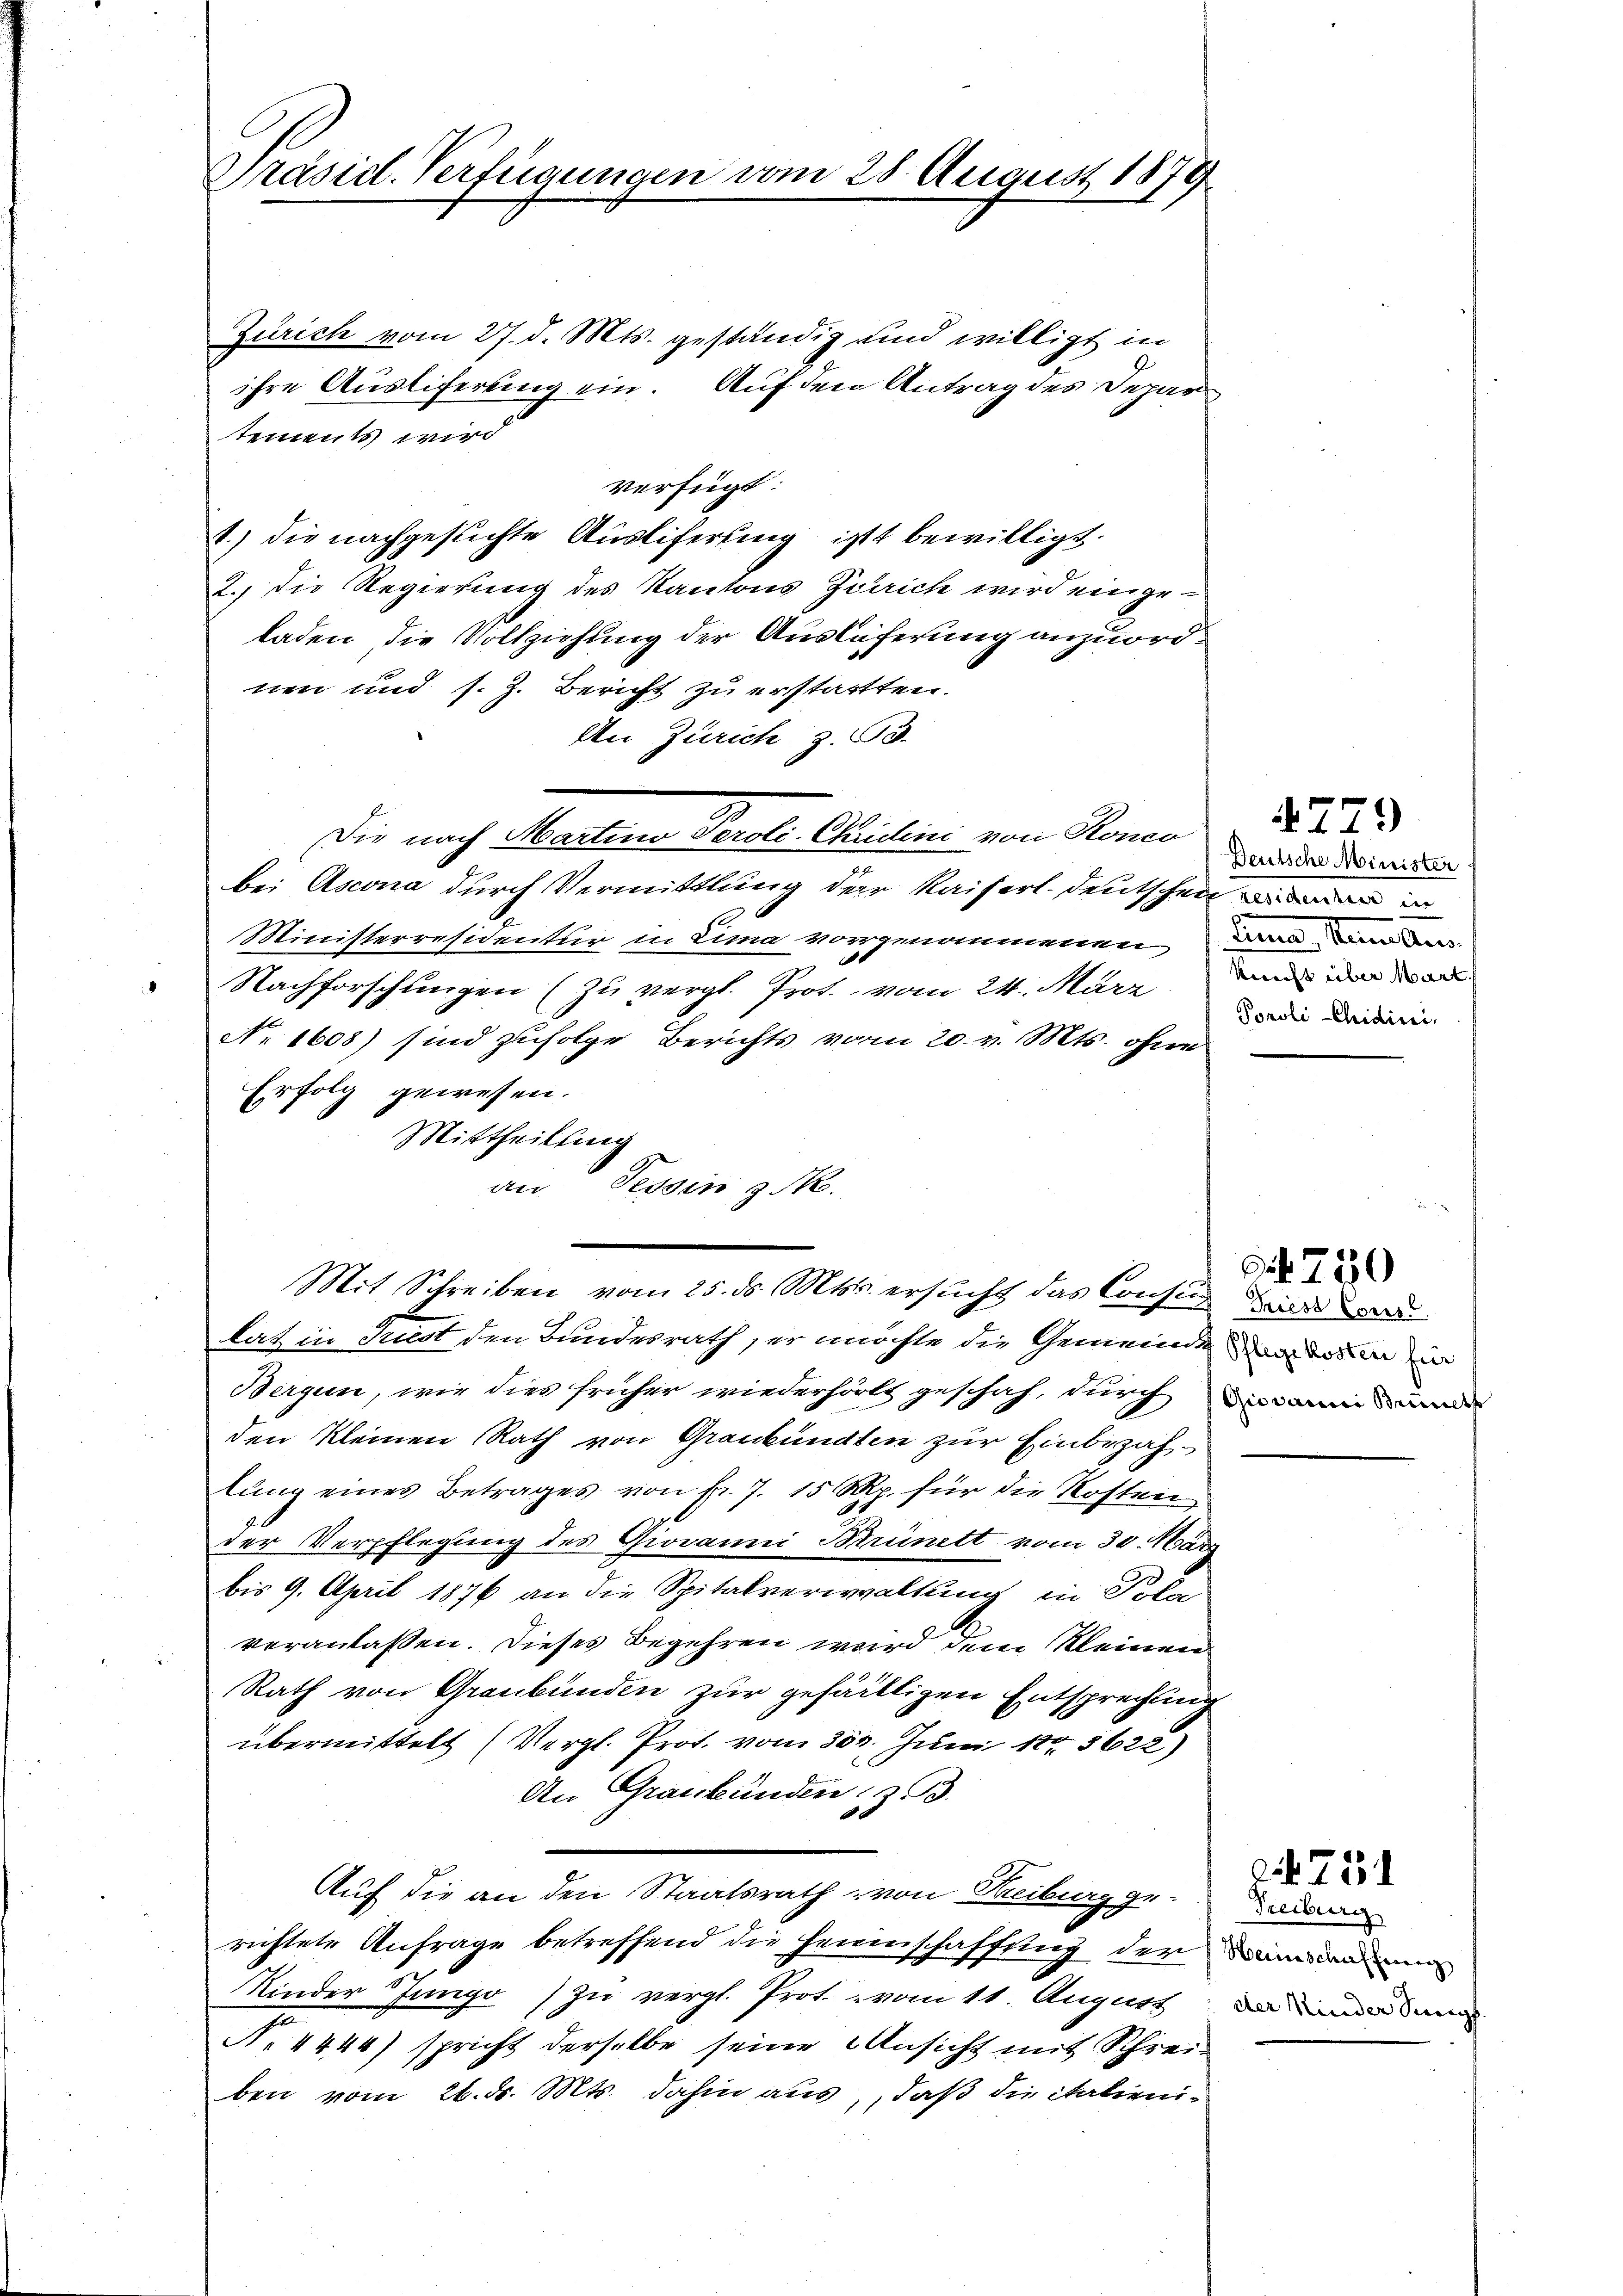
Präsid. Verfügungen vom 28. August 1879.

Zürich vom 27. d. Mts. geständig und willigt in
ihre Ausliferung ein. Auf den Antrag des Depar
tements wird
verfügt:
1.) die nachgesuchte Ausliferung ist bewilligt.
2.) Die Regierung des Kantons Zürich wird eingeladen die Vollziehung der Ausläferung anzuordnen und s. Z. Bericht zu erstatten.
An Zürich, z. B.
Die nach Martino Peroti- Aristini von Ronco
bei Ascona durch Vermittlung der Kaiserl. deutschen immen in
Ministerresidentur in Lima vorgenommenen
Nachforschungen (zu vergl. Prot. vom 24. März
No 1608) sind zufolge Berichts vom 20. v. Mts. ohne
Erfolg gewesen.
Mittheilung
an Tessin 3 M.
Mit Schreiben vom 25. ds. Mts. ersucht das Consis der
lat in Sunst den Bundesrath, er möchte die Gemeinde Tagenden in
Bergen, wie dies früher wiederholt geschah, durch
den kleinen Rath von Graubünden zur Einbezahlŭng eines Betrages von fr. 7. 15 Rp. für die Kosten
der Verpflegung des Giovanni Brünett vom 30. März
bis 9. April 1876 an die Spitalverwaltung in Pola
veranlassen. Dieses Begehren wird dem Kleinen
Rath von Graubünden zur gefälligen Entsprechtung
übermittelt (Vergl. Prot. vom 300. Juni 185622)
An Graubünden, z. B.
Auf die an den Staatsrath von Freiburg ge-
richtete Anfrage betreffend die Heimschaffung der
Kinder Jungo zu vergl. Prot. vom 11. August
No 1444) spricht derselbe seine Ansicht mit Schreiben vom 26. d. Mts. dahin aus, daß die italieni¬

Deutsche Minister
Sinnen, Kammelten
kunft über Mart.
Pooli-Chidini,

4779

Giovanni Brinets

S. 750

Treiburg
Heinschaffenen
der Kinder Sings.

2